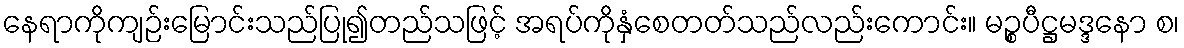
နေရာကိုကျဉ်းမြောင်းသည်ပြု၍တည်သဖြင့် အရပ်ကိုနှံစေတတ်သည်လည်းကောင်း။ မဉ္စပီဋ္ဌမဒ္ဒနော စ၊